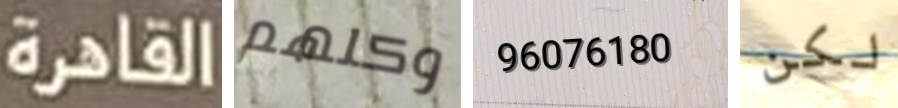
القاهرة وكلهم 96076180 لكن